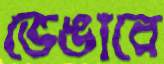
ভেঙাবে